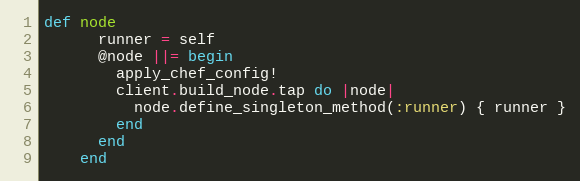
Language: Ruby
def node
      runner = self
      @node ||= begin
        apply_chef_config!
        client.build_node.tap do |node|
          node.define_singleton_method(:runner) { runner }
        end
      end
    end